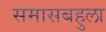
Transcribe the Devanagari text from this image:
समासबहुला